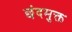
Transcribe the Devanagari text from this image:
छंदमुक्त